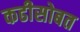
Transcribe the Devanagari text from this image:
कढीसोबत